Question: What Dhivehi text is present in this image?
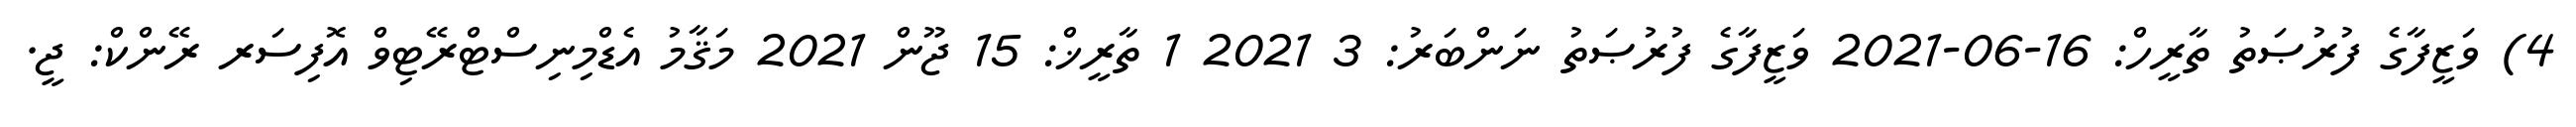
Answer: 4) ވަޒީފާގެ ފުރުޞަތު ތާރީހް: 16-06-2021 ވަޒީފާގެ ފުރުޞަތު ނަންބަރު: 3 2021 1 ތާރީޚް: 15 ޖޫން 2021 މަޤާމު އެޑްމިނިސްޓްރޭޓިވް އޮފިސަރ ރޭންކް: ޖީ.